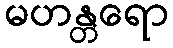
မဟန္တရော